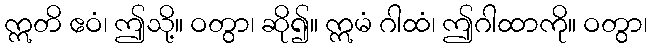
ဣတိ ဧဝံ၊ ဤသို့။ ဝတွာ၊ ဆို၍။ ဣမံ ဂါထံ၊ ဤဂါထာကို။ ဝတွာ၊